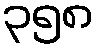
၃၅၈